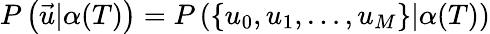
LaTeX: \begin{array}{r}{P\left(\vec{u}|\alpha(T)\right)=P\left(\{ u_{0},u_{1},\ldots,u_{M}\} |\alpha(T)\right)}\end{array}